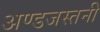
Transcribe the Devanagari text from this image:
अण्डजस्तनी